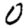
Digit: 0